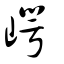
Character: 崿